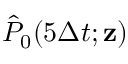
\hat { P } _ { 0 } ( 5 \Delta t ; { \mathbf z } )